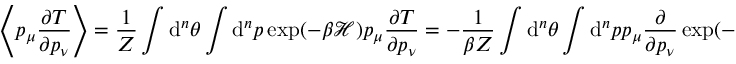
\left\langle p _ { \mu } \frac { \partial T } { \partial p _ { \nu } } \right\rangle = \frac { 1 } { Z } \int \mathrm { d } ^ { n } \theta \int \mathrm { d } ^ { n } p \: \exp ( - \beta \mathcal { H } ) \: p _ { \mu } \frac { \partial T } { \partial p _ { \nu } } = - \frac { 1 } { \beta Z } \int \mathrm { d } ^ { n } \theta \int \mathrm { d } ^ { n } p \: p _ { \mu } \frac { \partial } { \partial p _ { \nu } } \exp ( - \beta \mathcal { H } ) = \frac { 1 } { \beta Z } \int \mathrm { d } ^ { n } \theta \int \mathrm { d } ^ { n } p \: \frac { \partial p _ { \mu } } { \partial p _ { \nu } } \: \exp ( - \beta \mathcal { H } ) = \frac { \delta _ { \mu } ^ { \nu } } { \beta }